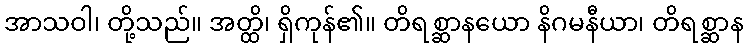
အာသဝါ၊ တို့သည်။ အတ္ထိ၊ ရှိကုန်၏။ တိရစ္ဆာနယော နိဂမနီယာ၊ တိရစ္ဆာန